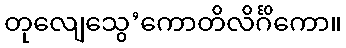
တုလျေသွေ’ကောတိလိင်္ဂိကော။